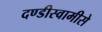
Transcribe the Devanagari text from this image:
दण्डीस्वामीसे